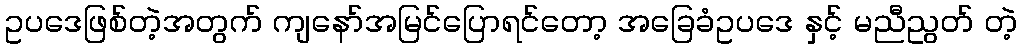
ဥပဒေဖြစ်တဲ့အတွက် ကျနော်အမြင်ပြောရင်တော့ အခြေခံဥပဒေ နှင့် မညီညွတ် တဲ့